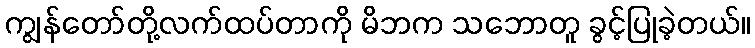
ကျွန်တော်တို့လက်ထပ်တာကို မိဘက သဘောတူ ခွင့်ပြုခဲ့တယ်။